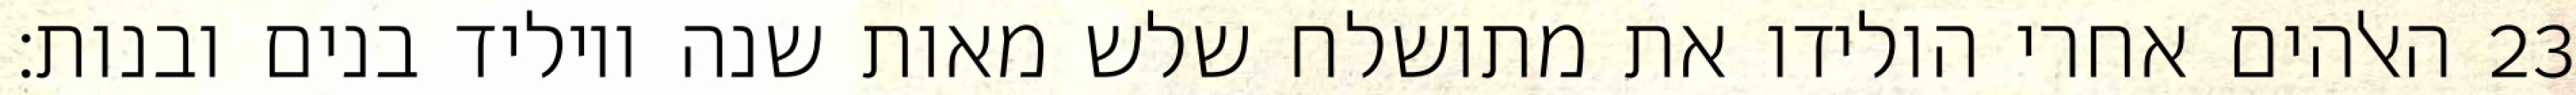
האלהים אחרי הולידו את מתושלח שלש מאות שנה ויוליד בנים ובנות׃ ‎23‏